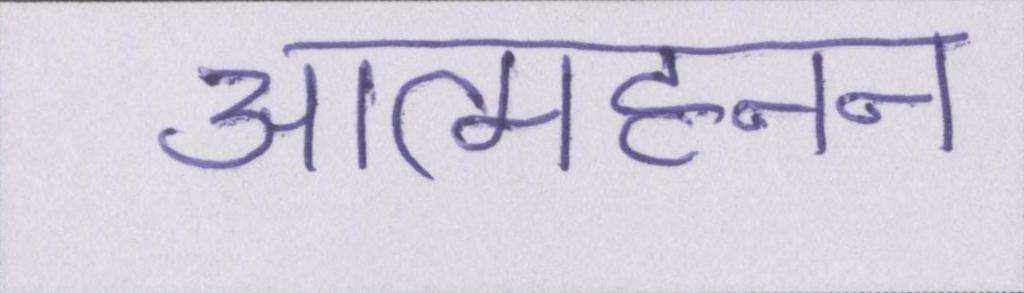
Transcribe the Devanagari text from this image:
आत्महनन